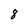
Character: 8